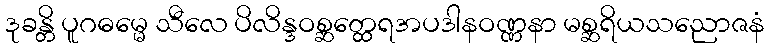
ဒုခန္တိ ပူဂဓမ္မေ သီလေ ပိလိန္ဒဝစ္ဆတ္ထေရအပဒါနဝဏ္ဏနာ မစ္ဆရိယသညောဇနံ